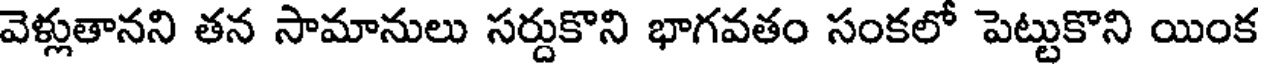
వెళ్లుతానని తన సామానులు సర్దుకొని భాగవతం సంకలో పెట్టుకొని యింక